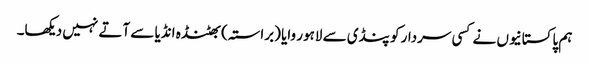
ہم پاکستانیوں نے کسی سردار کو پنڈی سے لاہور وایا (براستہ) بھٹنڈہ انڈیا سے آتے نہیں دیکھا۔